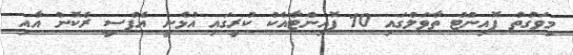
މިވަގުތު ޕޮއިންޓް ތާވަލްގައި 10 ޕޮއިންޓާއެކު ކުރީގައި އުޅެނީ އެފްސީ ރެކޮން އާއި